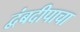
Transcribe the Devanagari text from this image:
द्वंबदीपाचा